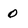
Character: 0